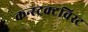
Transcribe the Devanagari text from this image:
कन्स्ट्रक्टविस्ट